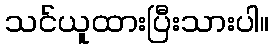
သင်ယူထားပြီးသားပါ။